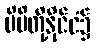
မိမိတို့နိုင်ငံ၌